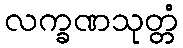
လက္ခဏသုတ္တံ